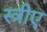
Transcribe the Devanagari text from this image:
स्त्रीए